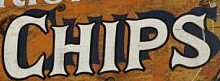
CHIPS